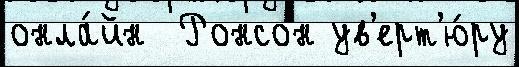
онла́йн  Ронсон ув'ерт'ю́ру